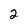
Character: 2